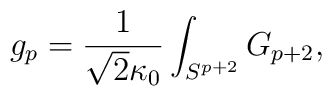
g_p = \frac{1}{\sqrt{2} \kappa_0} \int_{S^{p + 2}} G_{p + 2},